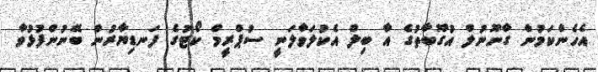
އެހެންކަމުން ގާނޫނުލް އުގޫބާތުގެ އާ ބިލް އެކުލަވާލަނީ ސުޕްރީމް ކޯޓުގެ ފަނޑިޔާރުން ބޭނުންފުޅުވާ